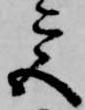
宮